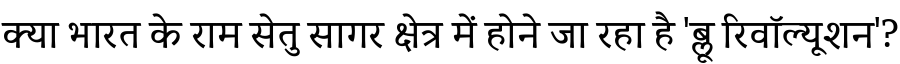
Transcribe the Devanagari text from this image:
क्या भारत के राम सेतु सागर क्षेत्र में होने जा रहा है 'ब्लू रिवॉल्यूशन'?